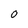
Character: O